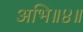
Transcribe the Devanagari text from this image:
अभि॥४॥